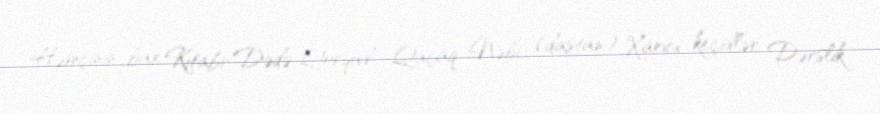
Həmçinin bax Kitabi-Dədə Qorqud Qaçaq Nəbi (dastan) Xarici keçidlər Dərslik